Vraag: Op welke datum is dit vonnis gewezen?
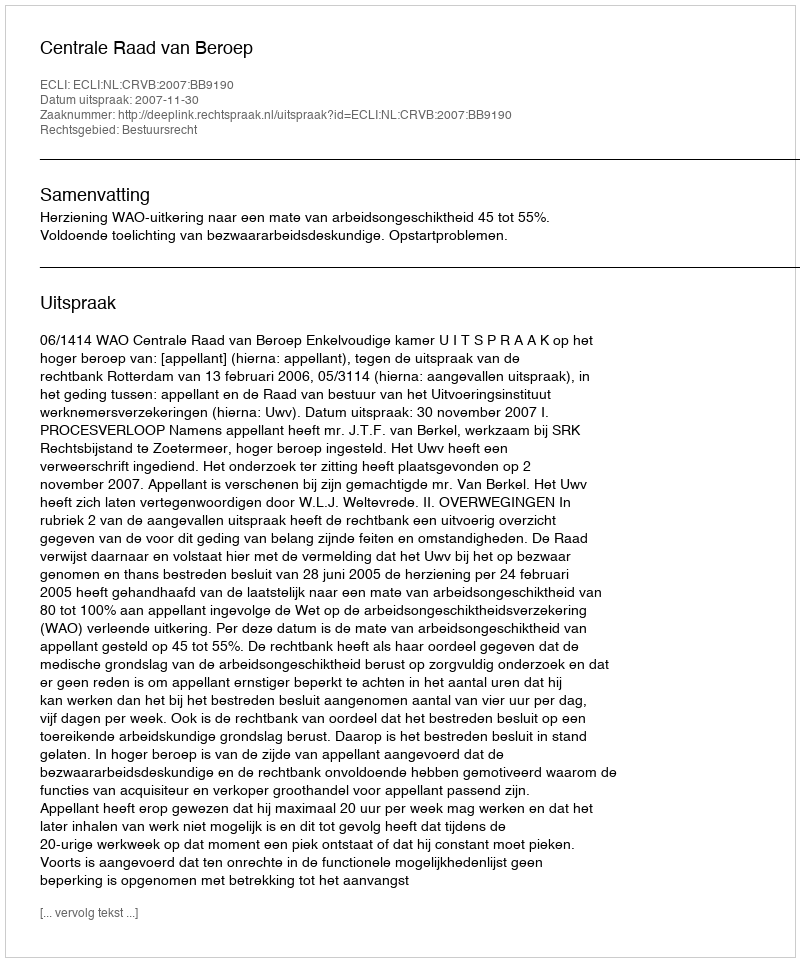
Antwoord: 2007-11-30